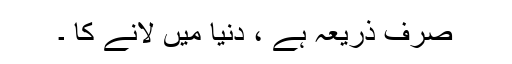
صرف ذریعہ ہے ، دنیا میں لانے کا ۔